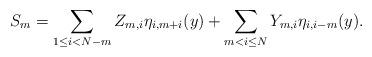
LaTeX: \begin{align*} S_m= \sum_{ 1 \le i < N-m} Z_{m, i} \eta_{i, m+i}(y) + \sum_{ m < i \le N} Y_{m, i} \eta_{i, i-m}(y).\end{align*}